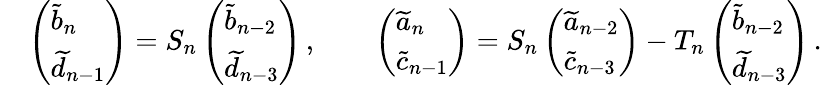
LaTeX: \begin{array}{rl}&{\left(\begin{array}{l}{\widetilde b_{n}}\\ {\widetilde d_{n-1}}\end{array}\right)=S_{n}\left(\begin{array}{l}{\widetilde b_{n-2}}\\ {\widetilde d_{n-3}}\end{array}\right)\, ,\qquad\left(\begin{array}{l}{\widetilde a_{n}}\\ {\widetilde c_{n-1}}\end{array}\right)=S_{n}\left(\begin{array}{l}{\widetilde a_{n-2}}\\ {\widetilde c_{n-3}}\end{array}\right)-T_{n}\left(\begin{array}{l}{\widetilde b_{n-2}}\\ {\widetilde d_{n-3}}\end{array}\right)\, .}\end{array}